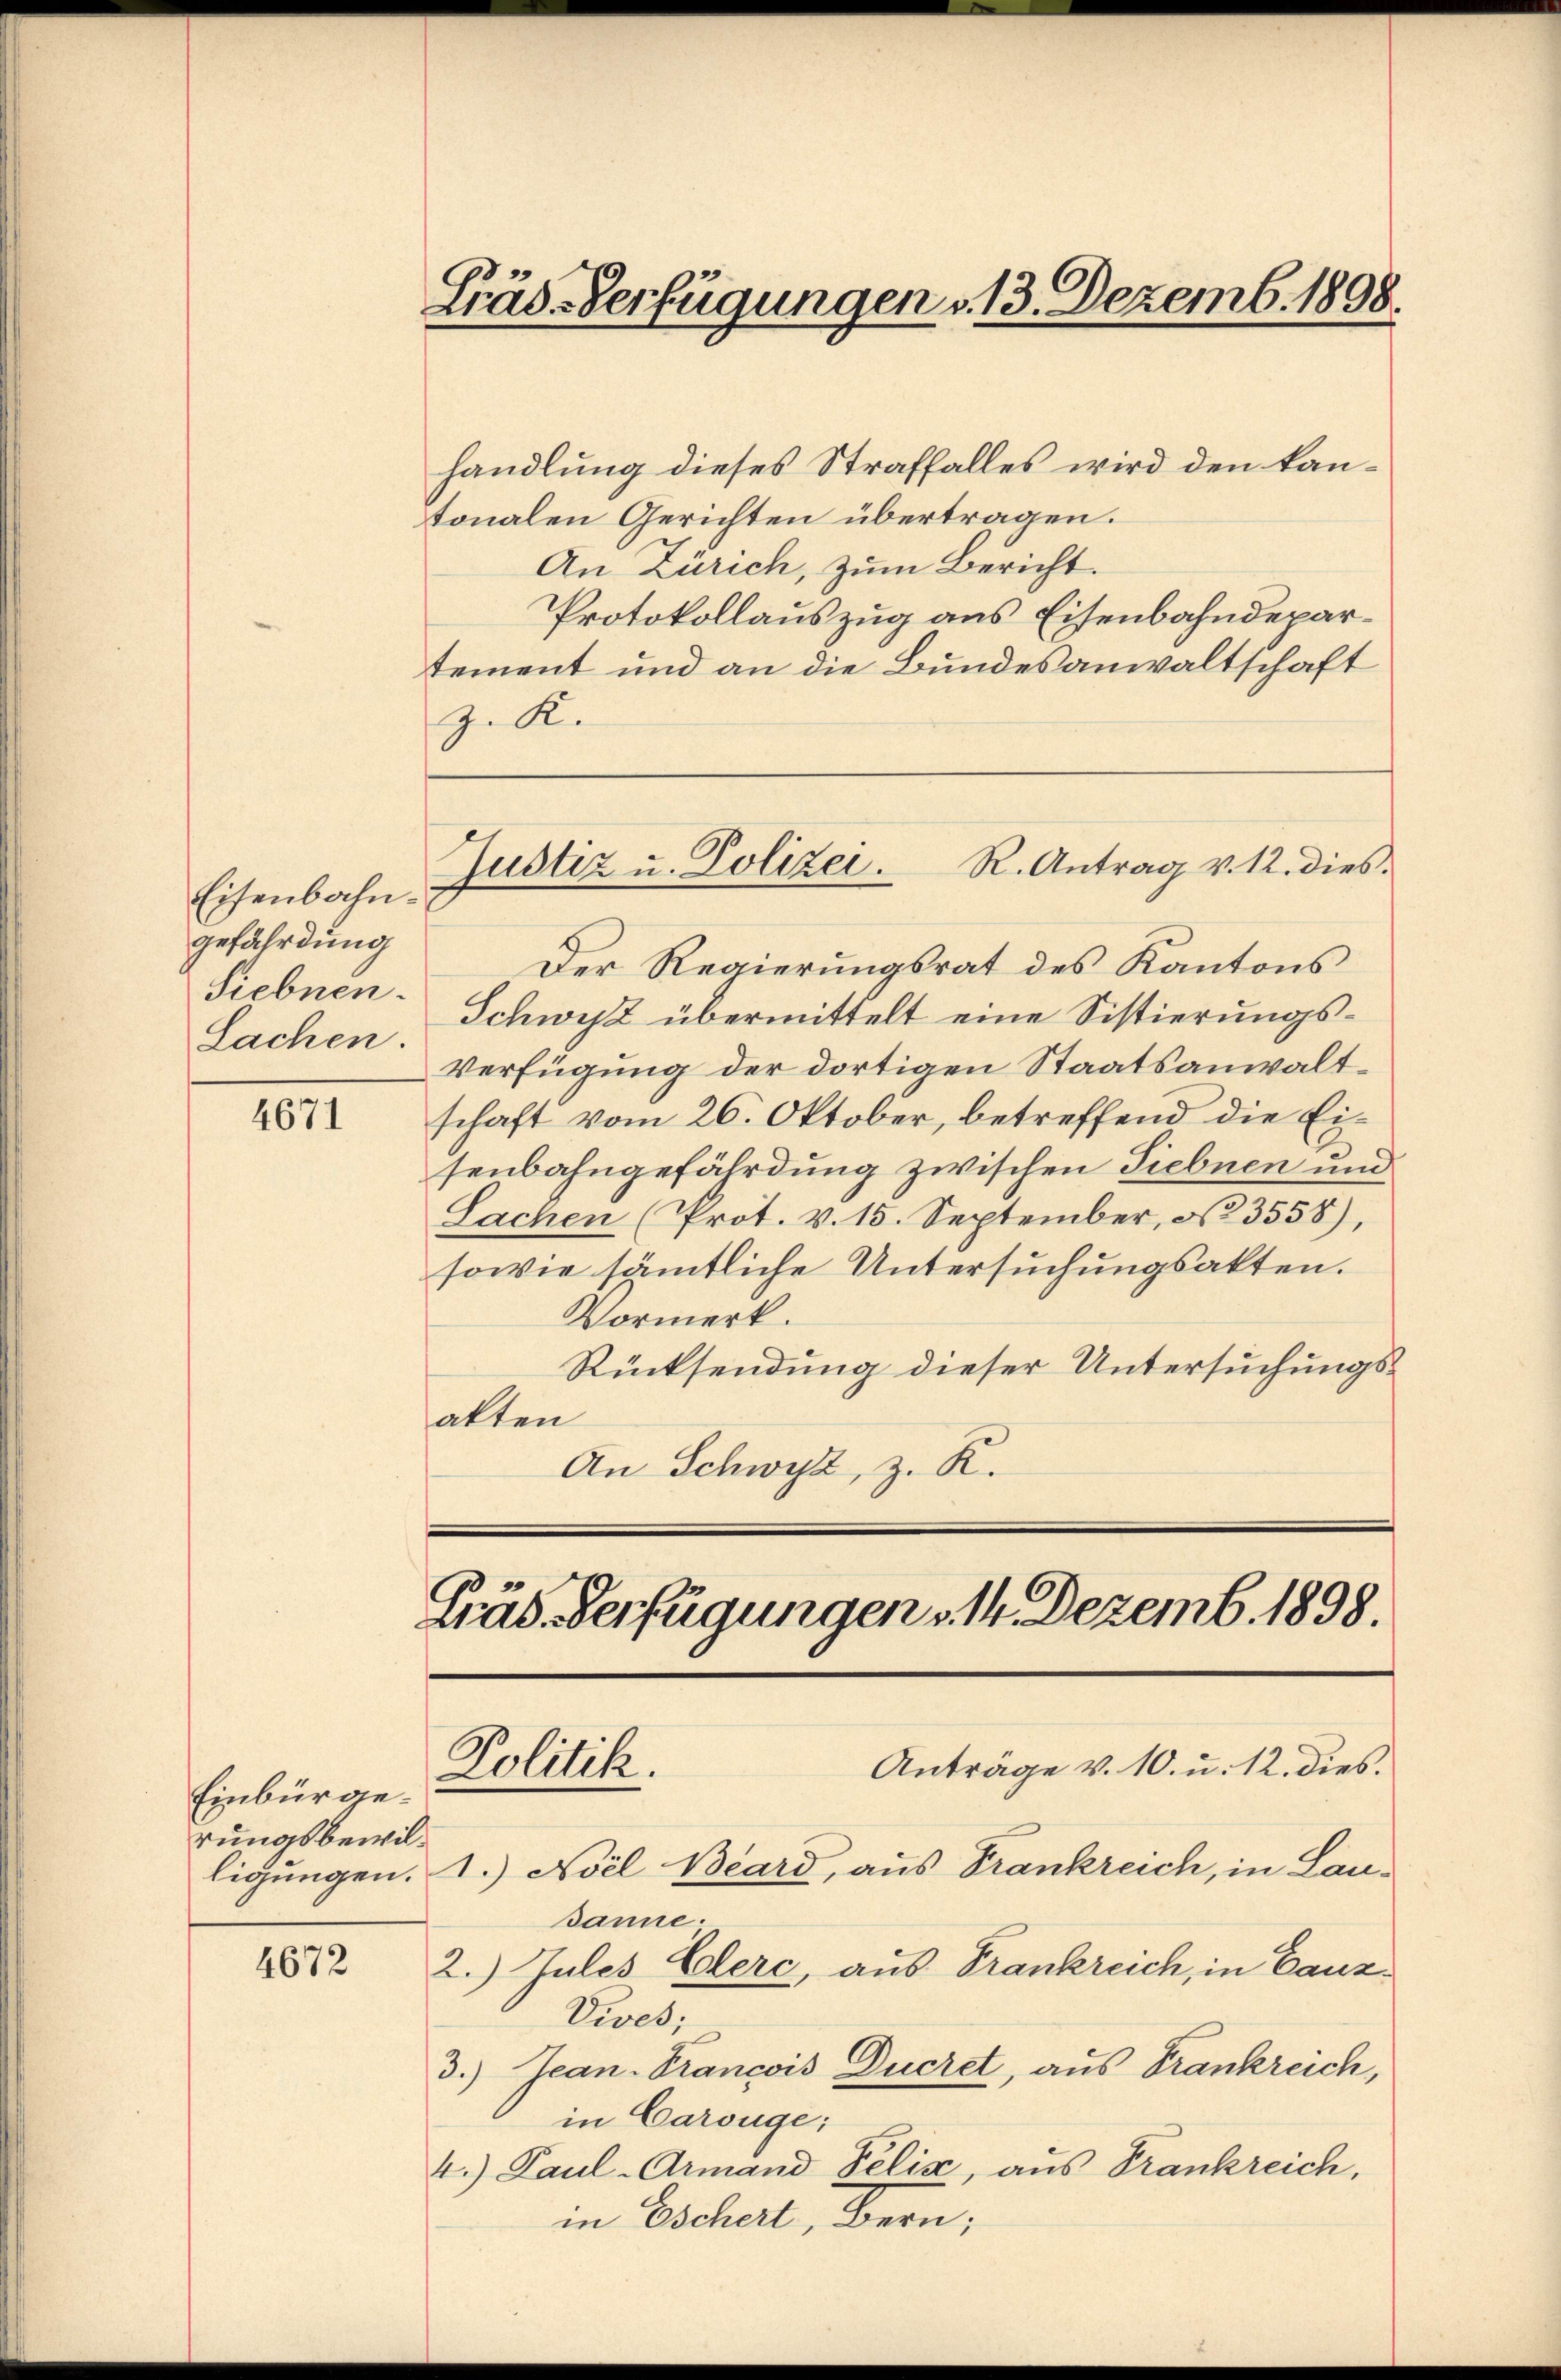
Eisenbahngefährdung
Siebnen.
Sachen.

4671

Einbürgerungsbewilligungen.

4672

Lräs-Verfügungen v. 13. Dezemb. 1898.

handlung dieses Straffalles wird den kantonalen Gerichten übertragen.
An Zürich, zum Bericht.
Protokollauszug aus Eisenbahndepartement und an die Bundesanwaltschaft
z. K.
Der Regierungsrat des Kantons
Schwyz übermittelt eine Sistierungs¬
Verfügung der dortigen Staatsanwaltschaft vom 26. Oktober, betreffend die Eisenbahngefährdung zwischen Siebnen und
Sachen (Prot. v. 15. September, § 3558),
sowie sämmtliche Untersuchungsakten.
Vormerk.
Rücksendung dieser Untersuchungsakten
An Schwyz, z. R.

Justiz u. Polizei. R. Antrag v. 12. dies

Präs. Verfügungen v. 14. Dezemb. 1898.
Anträge v. 10. u. 12. dies.
Politik.

1.) Noel Beard, aus Frankreich, in Lau-
Janne.
2. Julis Elerc, aus Frankreich, in Canz¬
Vives;
3.) Jean Francois Ducret, aus Frankreich,
in Carouge:
4.) Paul-Armand Felix, aus Frankreich,
in Eschert, Bern;